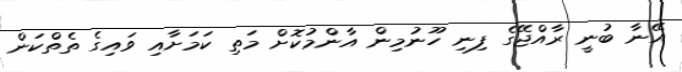
އޭނާ ބުނީ ރާއްޖޭގެ ފިނި ހޫނުމިން އާންމުކޮށް މަތި ކަމަށާއި ވައިގެ ތެތްކަން